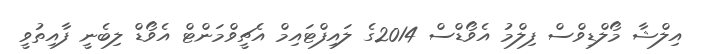
އިލްޝާ މޯލްޑިވްސް ފިލްމު އެވޯޑްސް 2014ގެ ލައިފްޓައިމް އެޗީވްމަންޓް އެވޯޑް ލިބެނީ ފާއިތުވީ